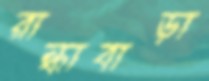
রান্ধাবাড়া